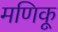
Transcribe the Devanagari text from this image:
मणिकू